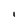
Character: I